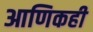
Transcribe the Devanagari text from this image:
आणिकही